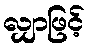
လျှာဖြင့်